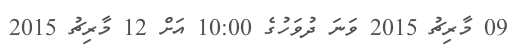
09 މާރިޗު 2015 ވަނަ ދުވަހުގެ 10:00 އަށް 12 މާރިޗު 2015